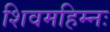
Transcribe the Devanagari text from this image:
शिवमहिम्नः